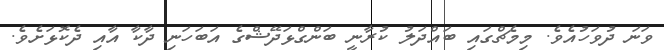
ވަނަ ދުވަހުއެވެ. މިމެޗްގައި ބައްދަލު ކުރާނީ ބަންގްޅަދޭޝްގެ އަބަހަނި ދާކާ އާއި ދެކޮޅަށެވެ.